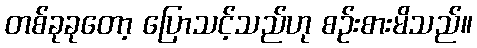
တစ်ခုခုတော့ ပြောသင့်သည်ဟု စဉ်းစားမိသည်။